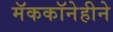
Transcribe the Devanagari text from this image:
मॅककॉनेहीने